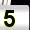
Digit: 5